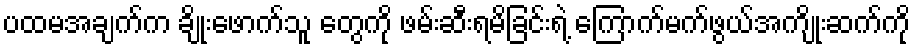
ပထမအချက်က ချိုးဖောက်သူ တွေကို ဖမ်းဆီးရမိခြင်းရဲ့ ကြောက်မက်ဖွယ်အကျိုးဆက်ကို